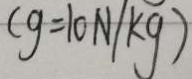
( g = 1 0 N / k g )